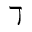
\daleth